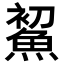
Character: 𩷞